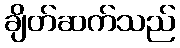
ချိတ်ဆက်သည်